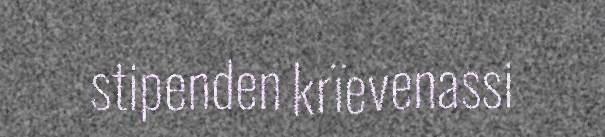
stipenden krïevenassi